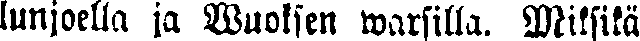
lunjoella ja Wuoksen warsilla. Miksikä